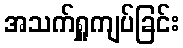
အသက်ရှူကျပ်ခြင်း